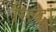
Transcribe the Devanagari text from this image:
सिद्धां